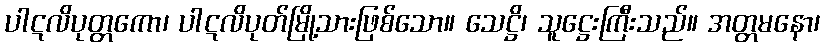
ပါဋလိပုတ္တကော၊ ပါဋလိပုတ်မြို့သားဖြစ်သော။ သေဋ္ဌိ၊ သူဋ္ဌေးကြီးသည်။ အတ္တမနော၊